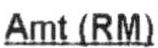
AMT(RM)